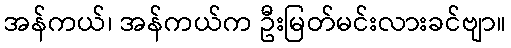
အန်ကယ်၊ အန်ကယ်က ဦးမြတ်မင်းလားခင်ဗျာ။